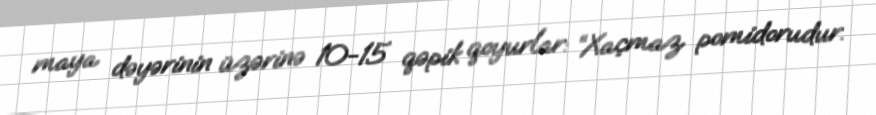
maya dəyərinin üzərinə 10-15 qəpik qoyurlar: “Xaçmaz pomidorudur.